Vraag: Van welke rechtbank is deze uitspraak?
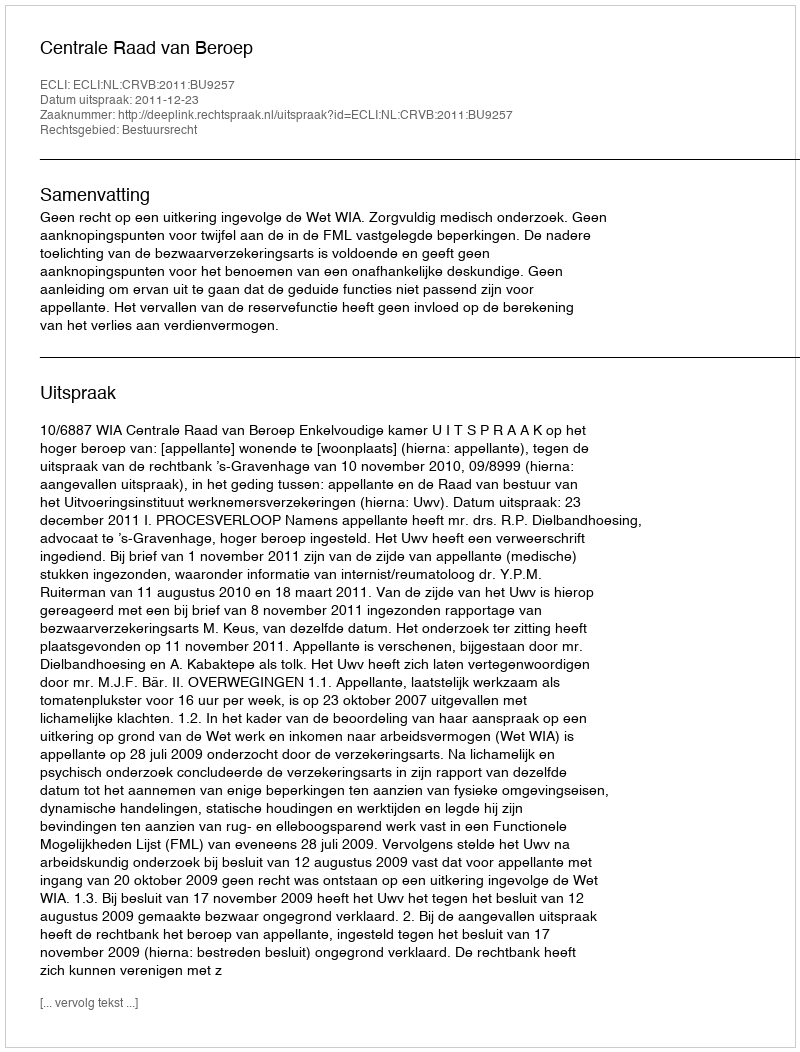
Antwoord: Centrale Raad van Beroep